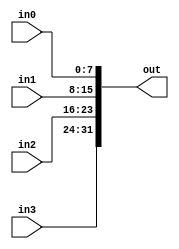
module TC_Maker32 (in0, in1, in2, in3, out);
    parameter UUID = 0;
    parameter NAME = "";
    input [7:0] in0;
    input [7:0] in1;
    input [7:0] in2;
    input [7:0] in3;
    output [31:0] out;
    
    assign out = {in3, in2, in1, in0};
endmodule